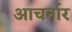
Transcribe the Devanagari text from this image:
आचर्नार